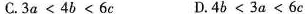
C.3a<4b<6c D.4b<3a<6c